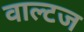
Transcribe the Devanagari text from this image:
वाल्टज